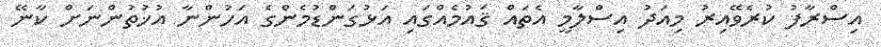
އިސްރާފު ކުރެވޭއިރު މިއަދު އިސްލާމީ އެތައް ޤައުމެއްގައި އަޅުގަންޑުމެންގެ އަހުންނާ އުޚުތުންނަށް ކާނޭ